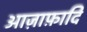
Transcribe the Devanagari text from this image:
आज़ाफ़ादि